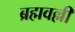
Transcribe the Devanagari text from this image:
ब्रह्मवल्ली